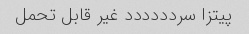
پیتزا سردددددد غیر قابل تحمل